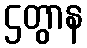
ဌတွာန